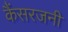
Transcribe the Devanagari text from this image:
कैंसरजनी